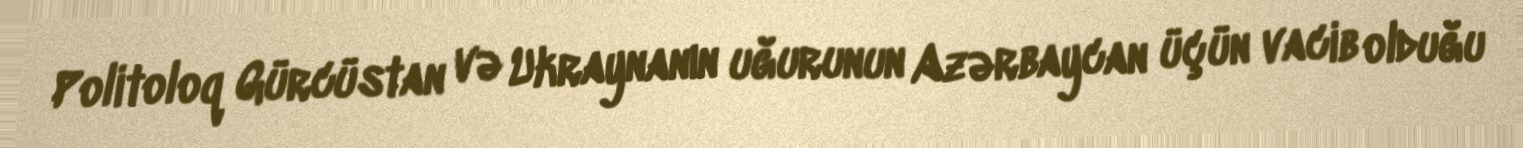
Politoloq Gürcüstan və Ukraynanın uğurunun Azərbaycan üçün vacib olduğu